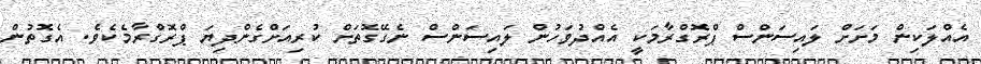
އެއްލަކިން މަށަށް ލައިސަންސް ޕްރޮގްރާމަކީ އެއްދުވަހުން ލައިސަންސް ނެގޭގޮތަށް ކުރިއަށްގެންދިޔަ ޕްރޮގްރާމެކެވެ. އެގޮތުން